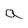
Character: a